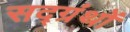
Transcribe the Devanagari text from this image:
सद्ग्रंथों